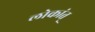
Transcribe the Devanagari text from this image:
लोकांत्‌